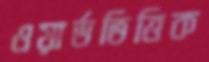
ওয়ার্ডভিত্তিক